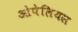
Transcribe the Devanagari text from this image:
ओपेलियस